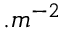
. m ^ { - 2 }